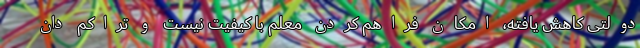
دولتی کاهش یافته، امکان فراهم کردن معلم با کیفیت نیست و تراکم دان